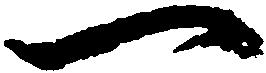
一